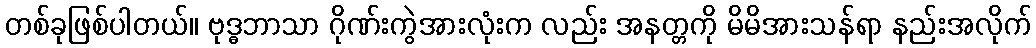
တစ်ခုဖြစ်ပါတယ်။ ဗုဒ္ဓဘာသာ ဂိုဏ်းကွဲအားလုံးက လည်း အနတ္တကို မိမိအားသန်ရာ နည်းအလိုက်